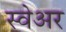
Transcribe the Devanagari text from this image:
स्वेअर